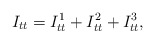
\begin{align*} I_{tt} = I_{tt}^{1} + I_{tt}^{2} + I_{tt}^{3},\end{align*}